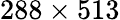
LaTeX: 288\times 513